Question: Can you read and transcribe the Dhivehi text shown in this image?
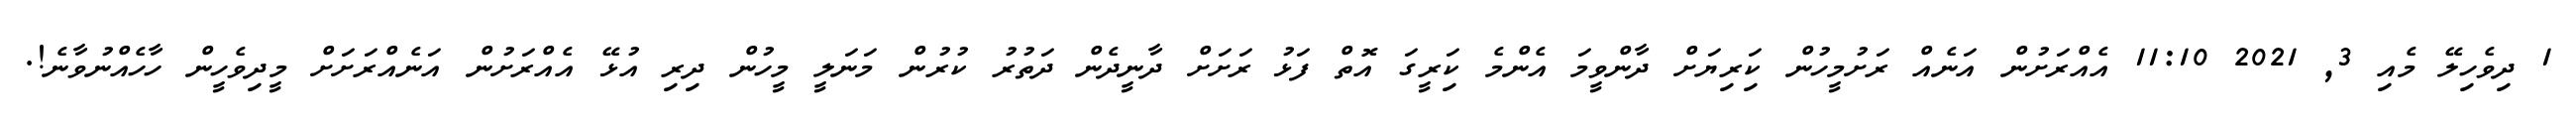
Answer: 1 ދިވެހިލޭ މެއި 3, 2021 11:10 އެއްރަށުން އަނެއް ރަށުމީހުން ކަިރިޔަށް ދާންވީމަ އެންމެ ކަިރީގަ އޮތް ފަޅު ރަށަށް ދާނީދެން ދަތުރު ކުރުން މަނަލީ މީހުން ދިރި އުޅޭ އެއްރަށުން އަނެއްރަށަށް މީދިވެހީން ހާހެއްނުވާނެ!.